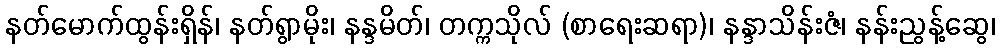
နတ်မောက်ထွန်းရှိန်၊ နတ်ရွာမိုး၊ နန္ဒမိတ်၊ တက္ကသိုလ် (စာရေးဆရာ)၊ နန္ဒာသိန်းဇံ၊ နန်းညွန့်ဆွေ၊